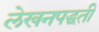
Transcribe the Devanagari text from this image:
लेखनपद्धती